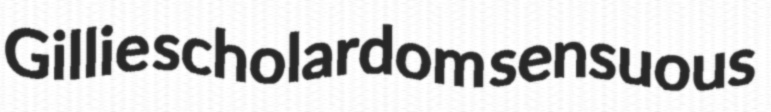
Gillie scholardom sensuous